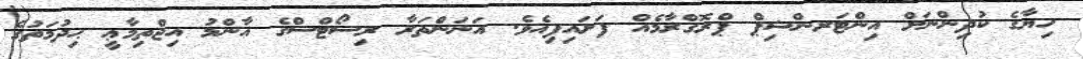
ހިޔާގެ ކުދިންނަށް އިންޓަރންޝިޕް ޕްރޮގްރާމެއް ފަށައިފިއެވެ. އަނަންތަރާ ރިސޯޓްސްގެ އާންމު އިޖްތިމާޢީ ޙިދުމަތުގެ